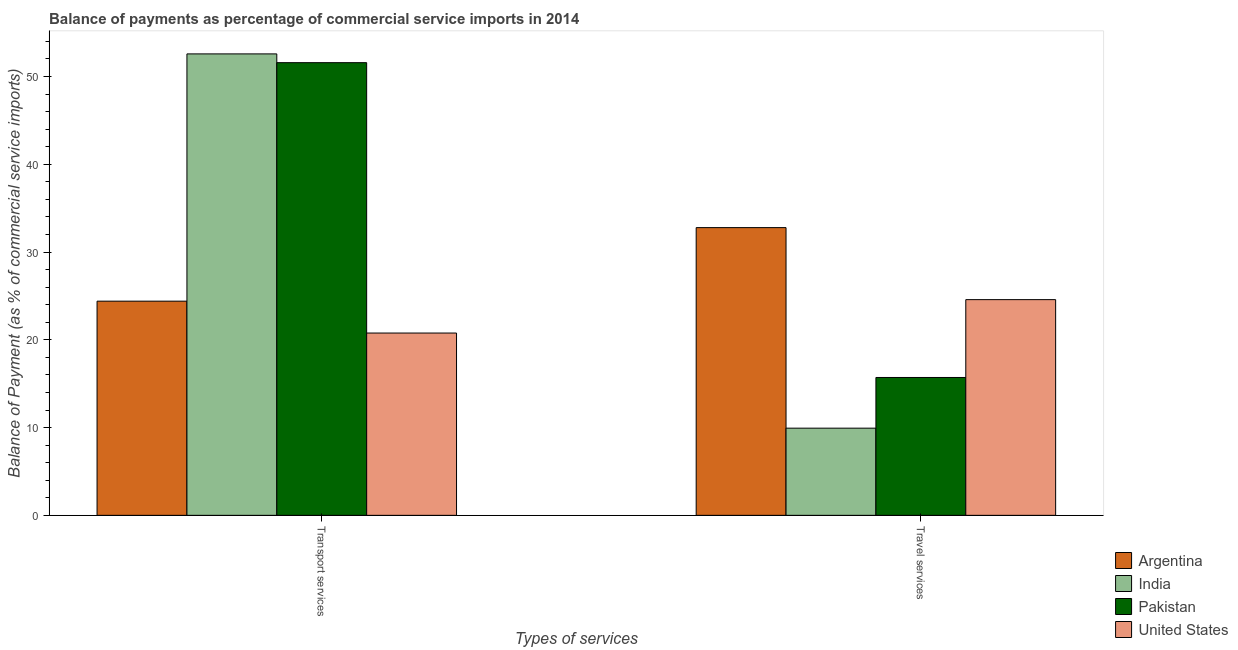
| Types of services | Argentina | India | Pakistan | United States |
 | --- | --- | --- | --- | --- |
 | Transport services | 24.4 | 52.6 | 51.6 | 20.8 |
 | Travel services | 32.8 | 9.93 | 15.7 | 24.6 |